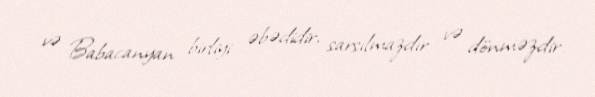
və Babacanyan birliyi əbədidir, sarsılmazdır və dönməzdir.